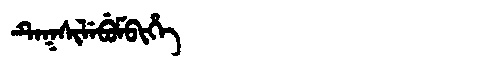
Manchu: ᡨᡝᡴᠰᡳᠯᡝᠪᡠᠮᠪᡳᡥᡝ
Romanization: TEKSILEBUMBIHE